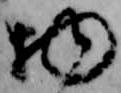
物